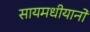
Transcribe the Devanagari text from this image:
सायमधीयानो